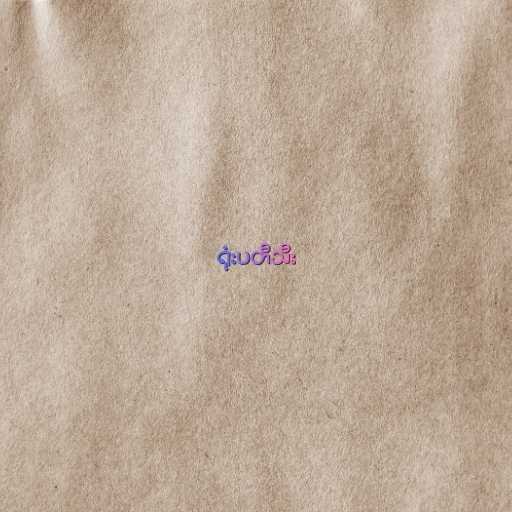
ရုံးပတီသီး